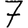
Digit: 7